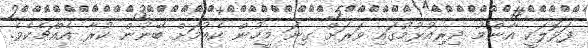
ފަޅޮލަކީ އާންމު ދިރިއުޅުމުގައި ވަރަށް ގިނަ މީހުން ކެއުމަށް ބޭނުން ކުރާ އެއްޗެކެވެ.